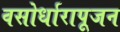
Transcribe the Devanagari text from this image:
वसोर्धारापूजन